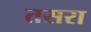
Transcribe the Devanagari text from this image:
तसरा